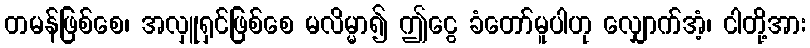
တမန်ဖြစ်စေ၊ အလှူရှင်ဖြစ်စေ မလိမ္မာ၍ ဤငွေ ခံတော်မူပါဟု လျှောက်အံ့၊ ငါတို့အား